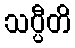
သပ္ပီတိ